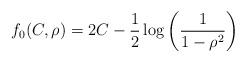
\begin{align*}f_0(C,\rho)=2C-\frac{1}{2}\log\left(\frac{1}{1-\rho^2}\right)\end{align*}